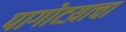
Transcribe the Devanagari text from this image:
पागोटय़ाचा